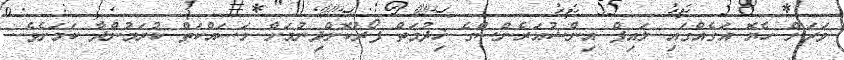
ވަރަށް ހެޔޮ އަގެއްގައި ލައިފް އިންޝުއަރެންސްގެ ޚިދުމަތް ފޯރުކޮށްދިނުމަށް މަސައްކަތް ކުރަމުންދާ ކަމަށެވެ.